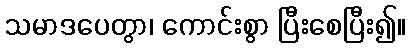
သမာဒပေတွာ၊ ကောင်းစွာ ပြီးစေပြီး၍။